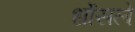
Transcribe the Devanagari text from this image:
धोंसले